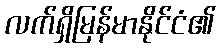
လက်ရှိမြန်မာနိုင်ငံ၏